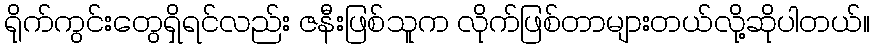
ရိုက်ကွင်းတွေရှိရင်လည်း ဇနီးဖြစ်သူက လိုက်ဖြစ်တာများတယ်လို့ဆိုပါတယ်။